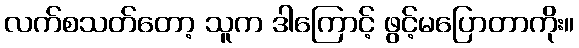
လက်စသတ်တော့ သူက ဒါကြောင့် ဖွင့်မပြောတာကိုး။